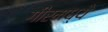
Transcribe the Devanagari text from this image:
गीरमध्ये